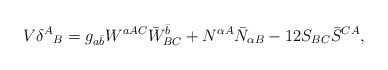
\begin{align*}V \delta^A{}_B = g_{a \bar{b}}W^{aAC}\bar{W}^{\bar{b}}_{BC} + N^{\alpha A}\bar{N}_{\alpha B} - 12 S_{BC}\bar{S}^{CA},\end{align*}